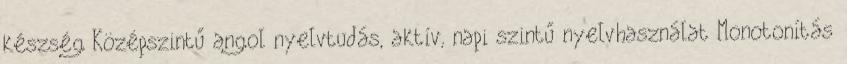
készség Középszintű angol nyelvtudás, aktív, napi szintű nyelvhasználat Monotonítás